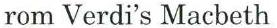
rom Verdi's Macbeth